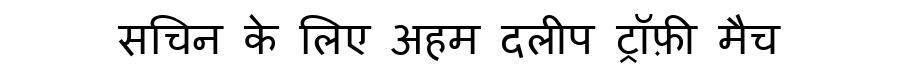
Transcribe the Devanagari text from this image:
सचिन के लिए अहम दलीप ट्रॉफ़ी मैच